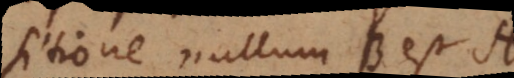
propositione nullum B est A.